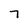
Character: 7